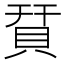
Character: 𧵭